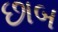
છાબ